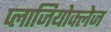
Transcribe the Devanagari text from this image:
प्लाजियोक्लेज